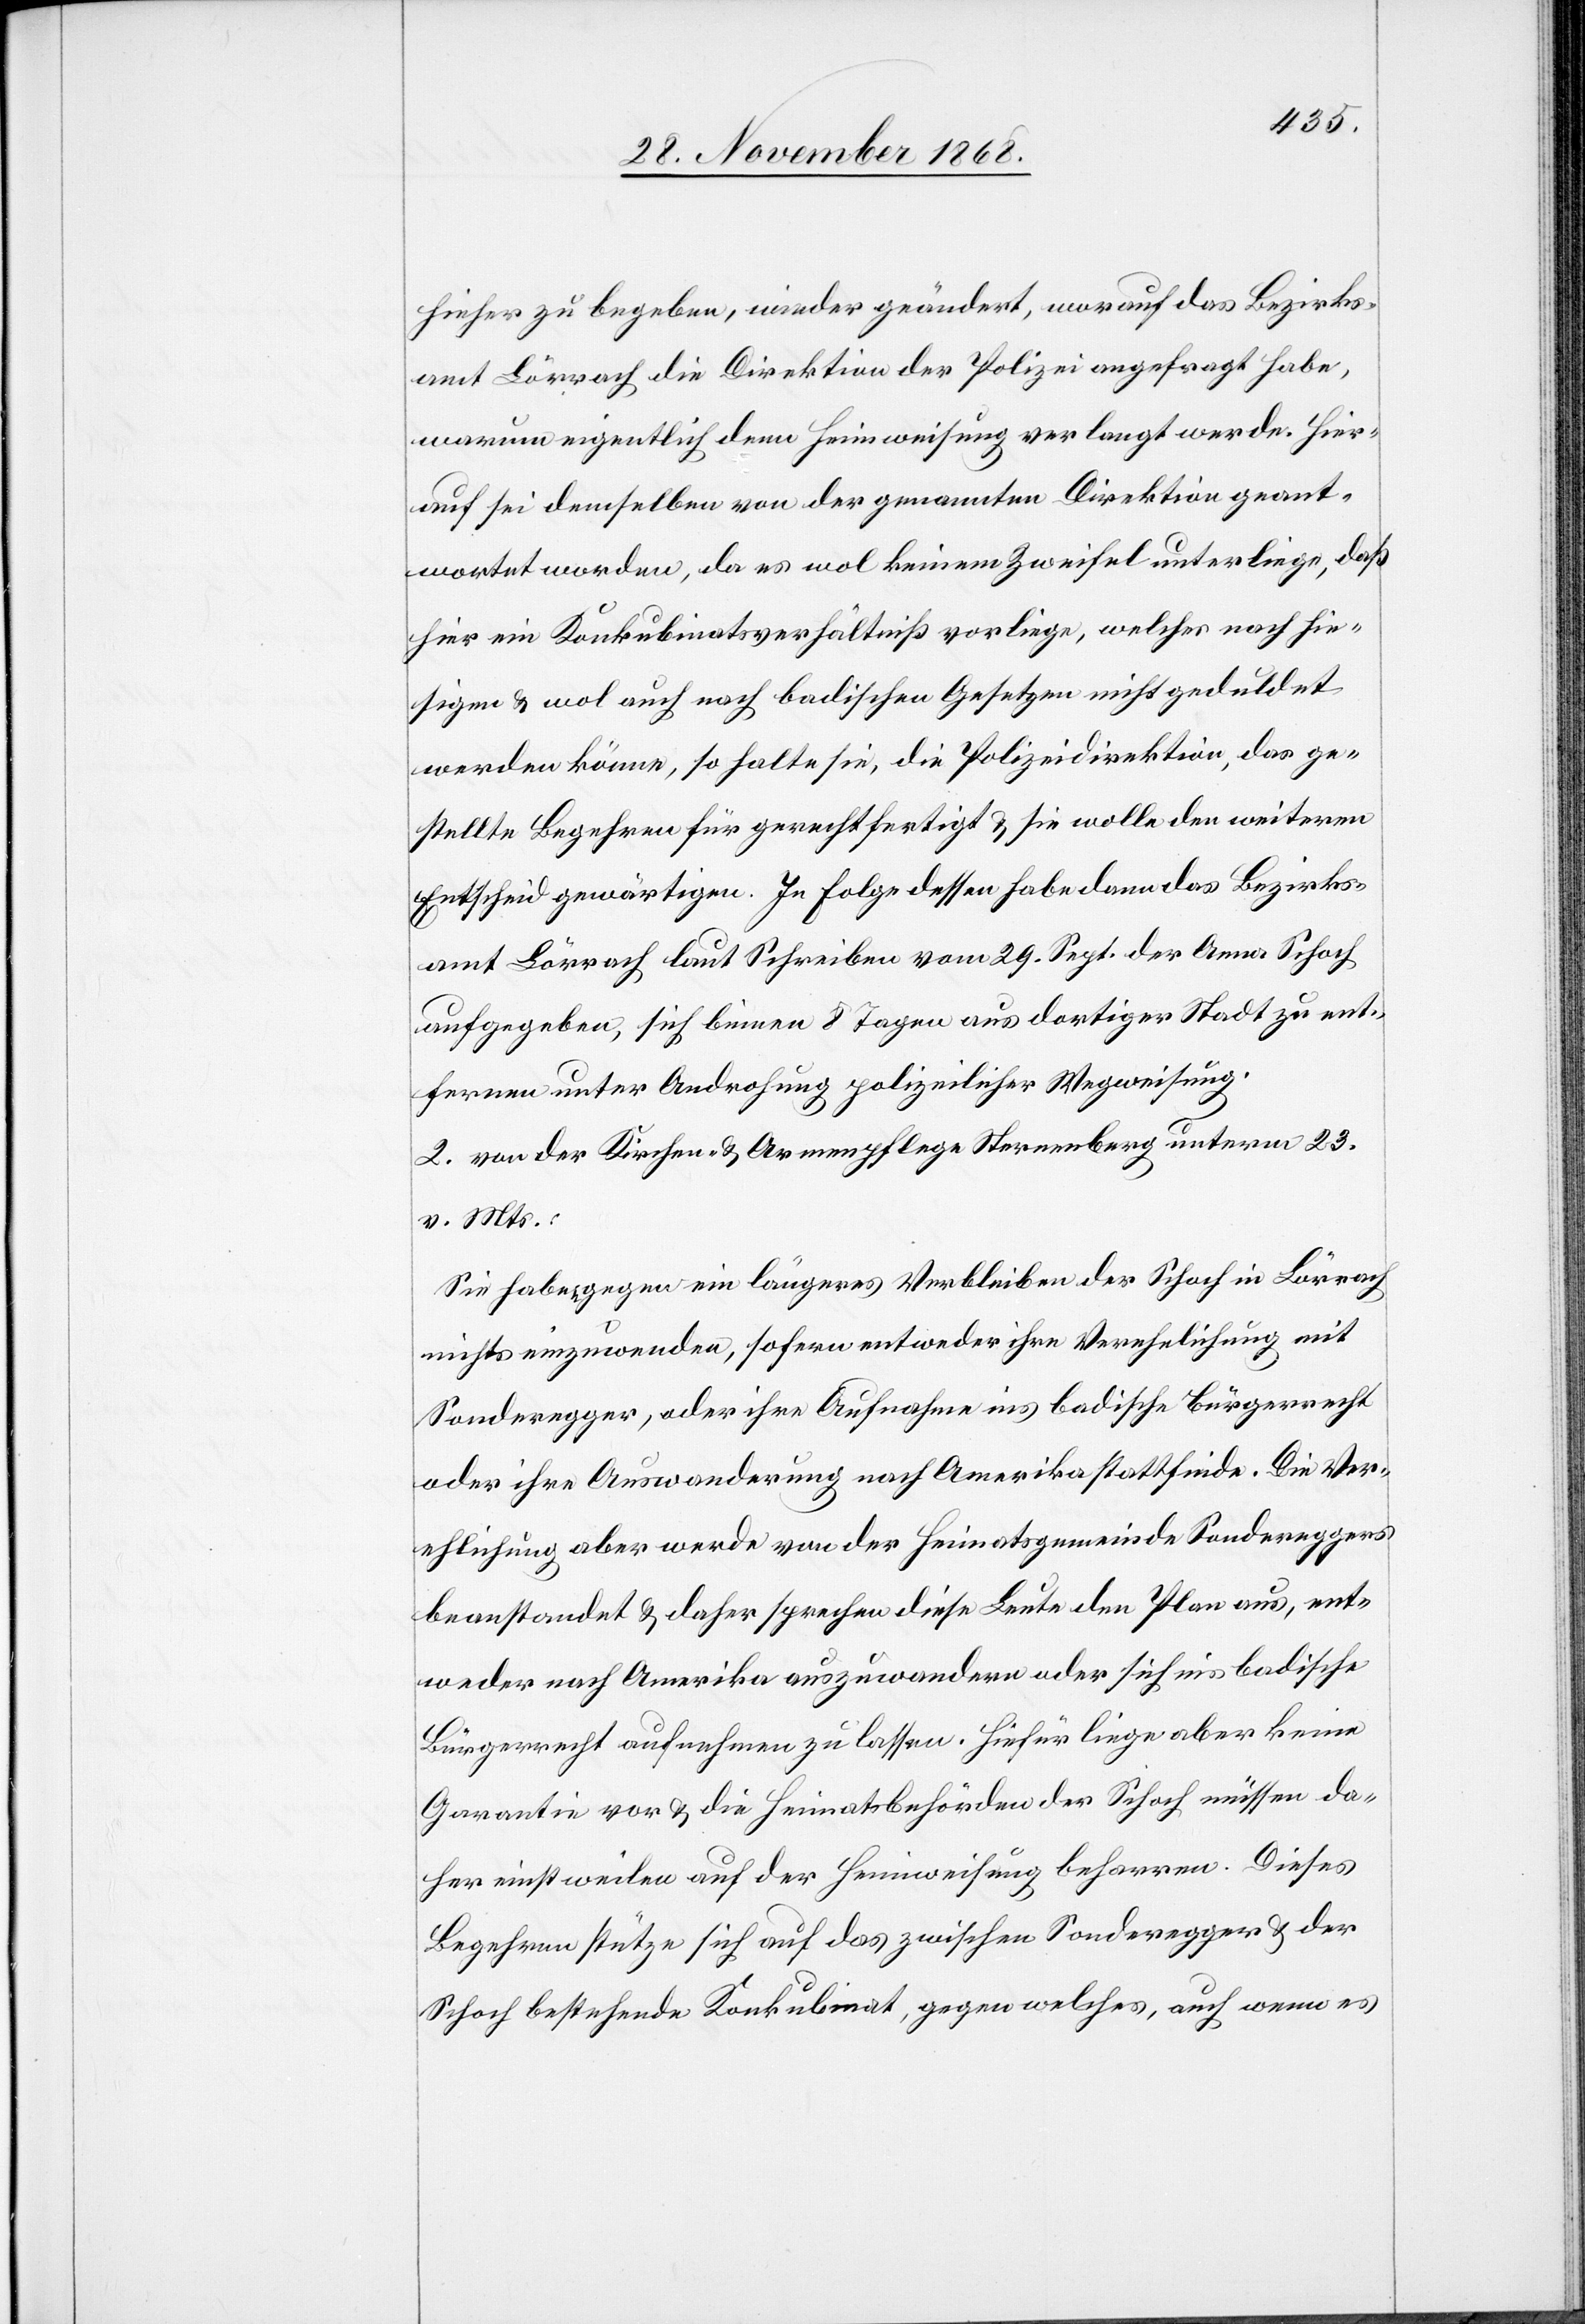
hieher zu begeben, wieder geändert, worauf das Bezirks¬
amt Lörrach die Direktion der Polizei angefragt habe,
warum eigentlich denn Heimweisung verlangt werde. Hier¬
auf sei demselben von der genannten Direktion geant¬
wortet worden, da es wol keinem Zweifel unterliege, daß
hier ein Konkubinatsverhältniß vorliege, welches nach hie¬
sigen & wol auch nach badischen Gesetzen nicht geduldet
werden könne, so halte sie, die Polizeidirektion, das ge¬
stellte Begehren für gerechtfertigt & sie wolle den weiteren
Entscheid gewärtigen. In Folge dessen habe dann das Bezirks¬
amt Lörrach laut Schreiben vom 29. Sept. der Anna Schoch
aufgegeben, sich binnen 8 Tagen aus dortiger Stadt zu ent¬
fernen unter Androhung polizeilicher Wegweisung.
2. von der Kirchen- & Armenpflege Sternenberg unterm 23.
v. Mts.:
Sie haben gegen ein längeres Verbleiben der Schoch in Lörrach
nichts einzuwenden, sofern entweder ihre Verehelichung mit
Sonderegger, oder ihre Aufnahme ins badische Bürgerrecht
oder ihre Auswanderung nach Amerika stattfinde. Die Ver¬
ehlichung aber werde von der Heimatsgemeinde Sondereggers
beanstandet & daher sprechen diese Leute den Plan aus, ent¬
weder nach Amerika auszuwandern oder sich ins badische
Bürgerrecht aufnehmen zu lassen. Hiefür liege aber keine
Garantie vor & die Heimatsbehörden der Schoch müssen da¬
her einstweilen auf der Heimweisung beharren. Dieses
Begehren stütze sich auf das zwischen Sonderegger & der
Schoch bestehende Konkubinat, gegen welches, auch wenn es